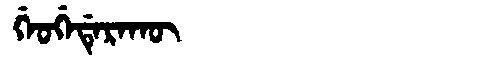
Manchu: ᡤᡝᠣᡤᡝᡩᡝᡵᠠᡴᡡ
Romanization: GEOGEDERAKŪ